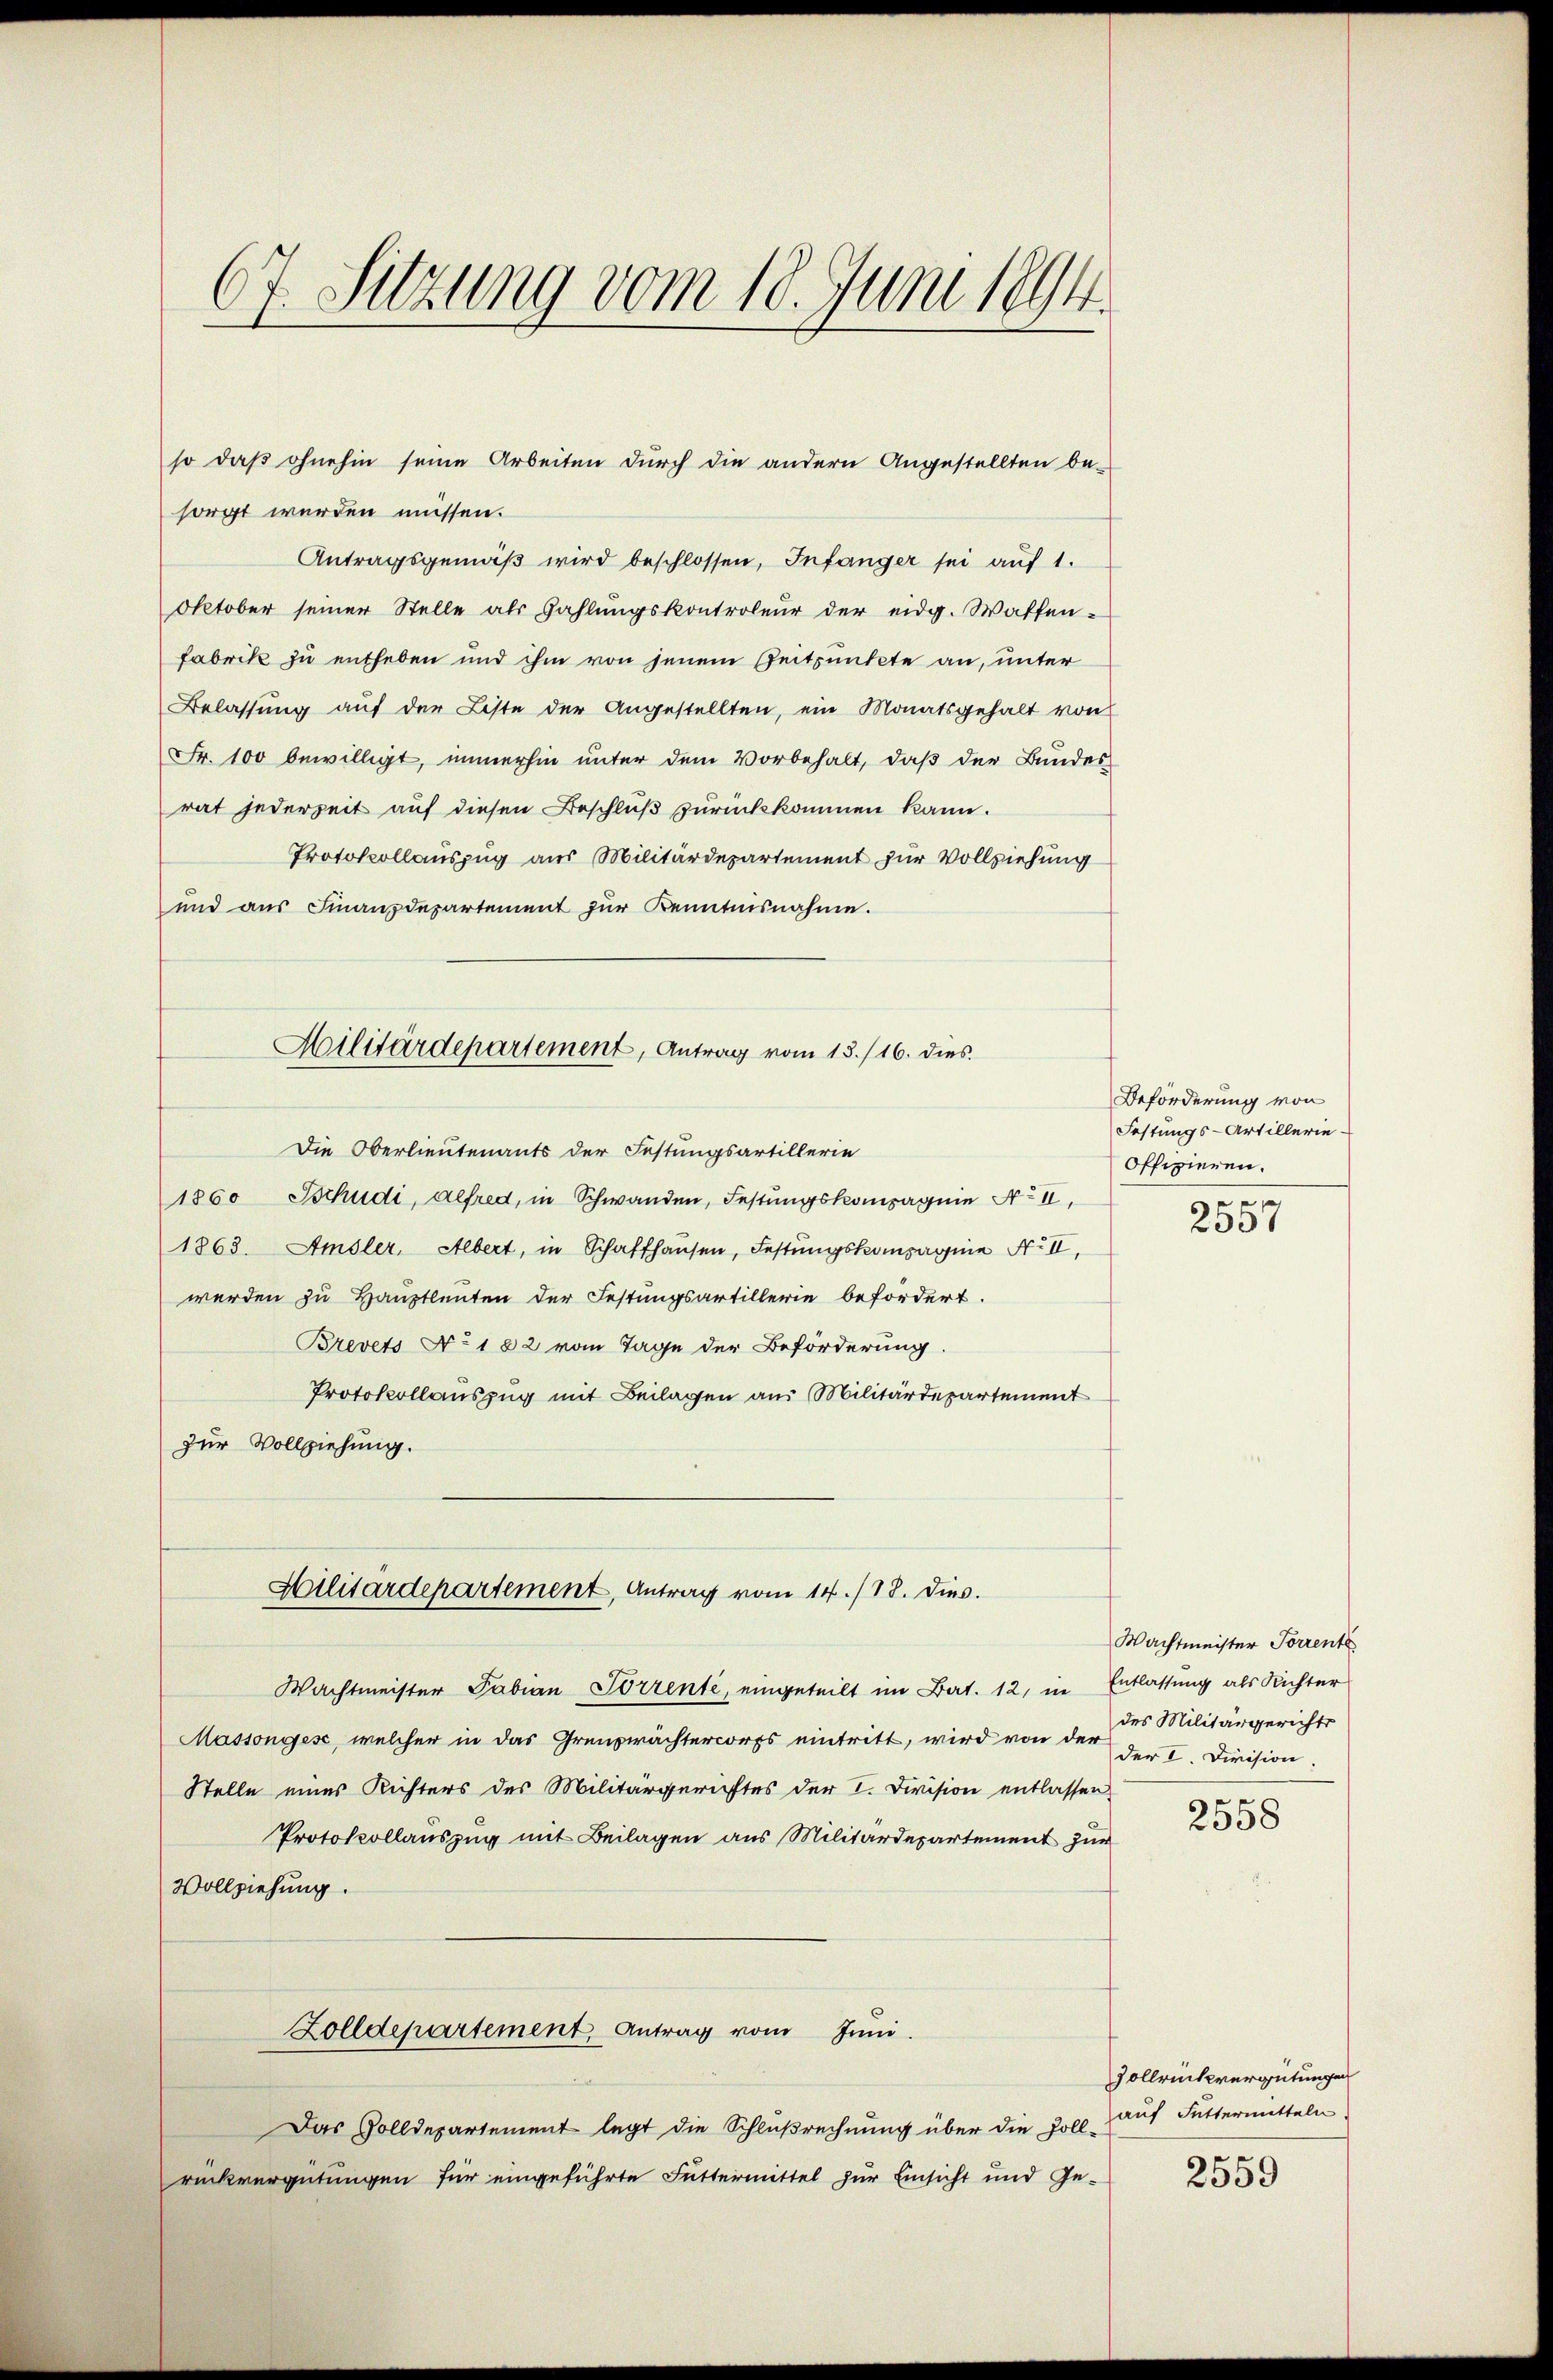
67. Sitzung vom 18. Juni 1894.

sorgt werden müssen.
Antragsgemäβ wird beschlossen, Infanger sei aŭf 1.
Oktober seiner Stelle als Zahlungskontroleur der eidg. Waffen-
Fabrik zu entheben und ihm von jenem Zeitpunkte an, unter
Belassung auf der Liste der Angestellten, ein Monatsgehalt von
Fr. 100 bewilligt, immerhin unter dem Vorbehalt, daß der Bundes-
rat jederzeit auf diesen Beschluß zurückkommen kann.
Protokollauszug aus Militärdepartement zur Vollziehung
und aus Finanzdepartement zŭr Kenntnisnahme.
Die Oberlieutenants der Festungsartillerie
1860 Tschudi, Alfred, in Schwanden, Festungskompagnie No II,
1863. Amsler, Albert, in Schaffhausen, Festungskompagnie No II,
werden zu Hauptleuten der Festungsartillerie befordert.
Brevets No. 182 vom Tage der Beförderung.
Protokollauszug mit Beilagen aus Militärdepartement
zur Vollziehung.
Militardepartement, Antrag vom 14./18. dies.
Wachtmeister Fabian Porrente, eingeteilt im Bat. 12, in Entlassung als Richter
Massongese, welcher in das Grenzwächtercorps eintritt, wird von der
Stelle eines Richters des Militärgerichtes der I. Division entlassen
Protokollauszug mit Beilagen aus Militärdepartement zur
Vollziehung.
Zolldepartement Antrag vom Juni.
Das Zolldepartement legt die Schlußrechnung über die Zollrückvergütungen für eingeführte Futtermittel zur Einsicht und Ge-

so daß ohnehin seine Arbeiten durch die andern Angestellten be¬

Militärdepartement, Antrag vom 13./16. dies

Beförderung von
Festungs-Artillerie-
Offizieren.
e

250

Wachtmeister Torrente
des Militärgerichts
der I. Division.

2558

Vollrückvergütungen
auf Futtermitteln

2559